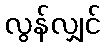
လွန်လျှင်